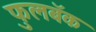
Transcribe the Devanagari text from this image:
फुलबॅक